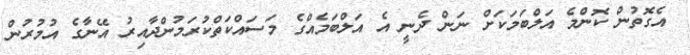
އެގޮތުން ކޮންމެ އަލްބަމަކަށް ނަން ދެނީ އެ އަލްބަމެއްގެ މަސައްކަތްކުރަމުންދާއިރު އޭނާގެ އުމުރުން